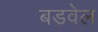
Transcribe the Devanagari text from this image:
बडवेल